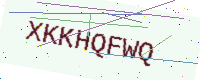
Text: XKKHQFWQ